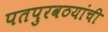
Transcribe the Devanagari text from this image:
पतपुरवठयांची